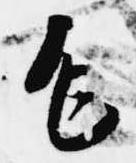
乍